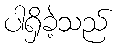
ပါရှိခဲ့သည်